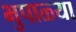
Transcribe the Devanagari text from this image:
भुपाळ्या